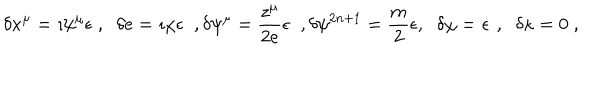
LaTeX: \delta x ^ { \mu } = \imath \psi ^ { \mu } \epsilon \; , \; \; \delta e = \imath \chi \epsilon \; \; , \delta \psi ^ { \mu } = \frac { z ^ { \mu } } { 2 e } \epsilon \; \; , \delta \psi ^ { 2 n + 1 } = \frac { m } { 2 } \epsilon , \; \; \delta \chi = \dot { \epsilon } \; , \; \; \delta \kappa = 0 \; ,